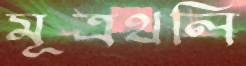
মূত্রথলি